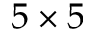
5 \times 5